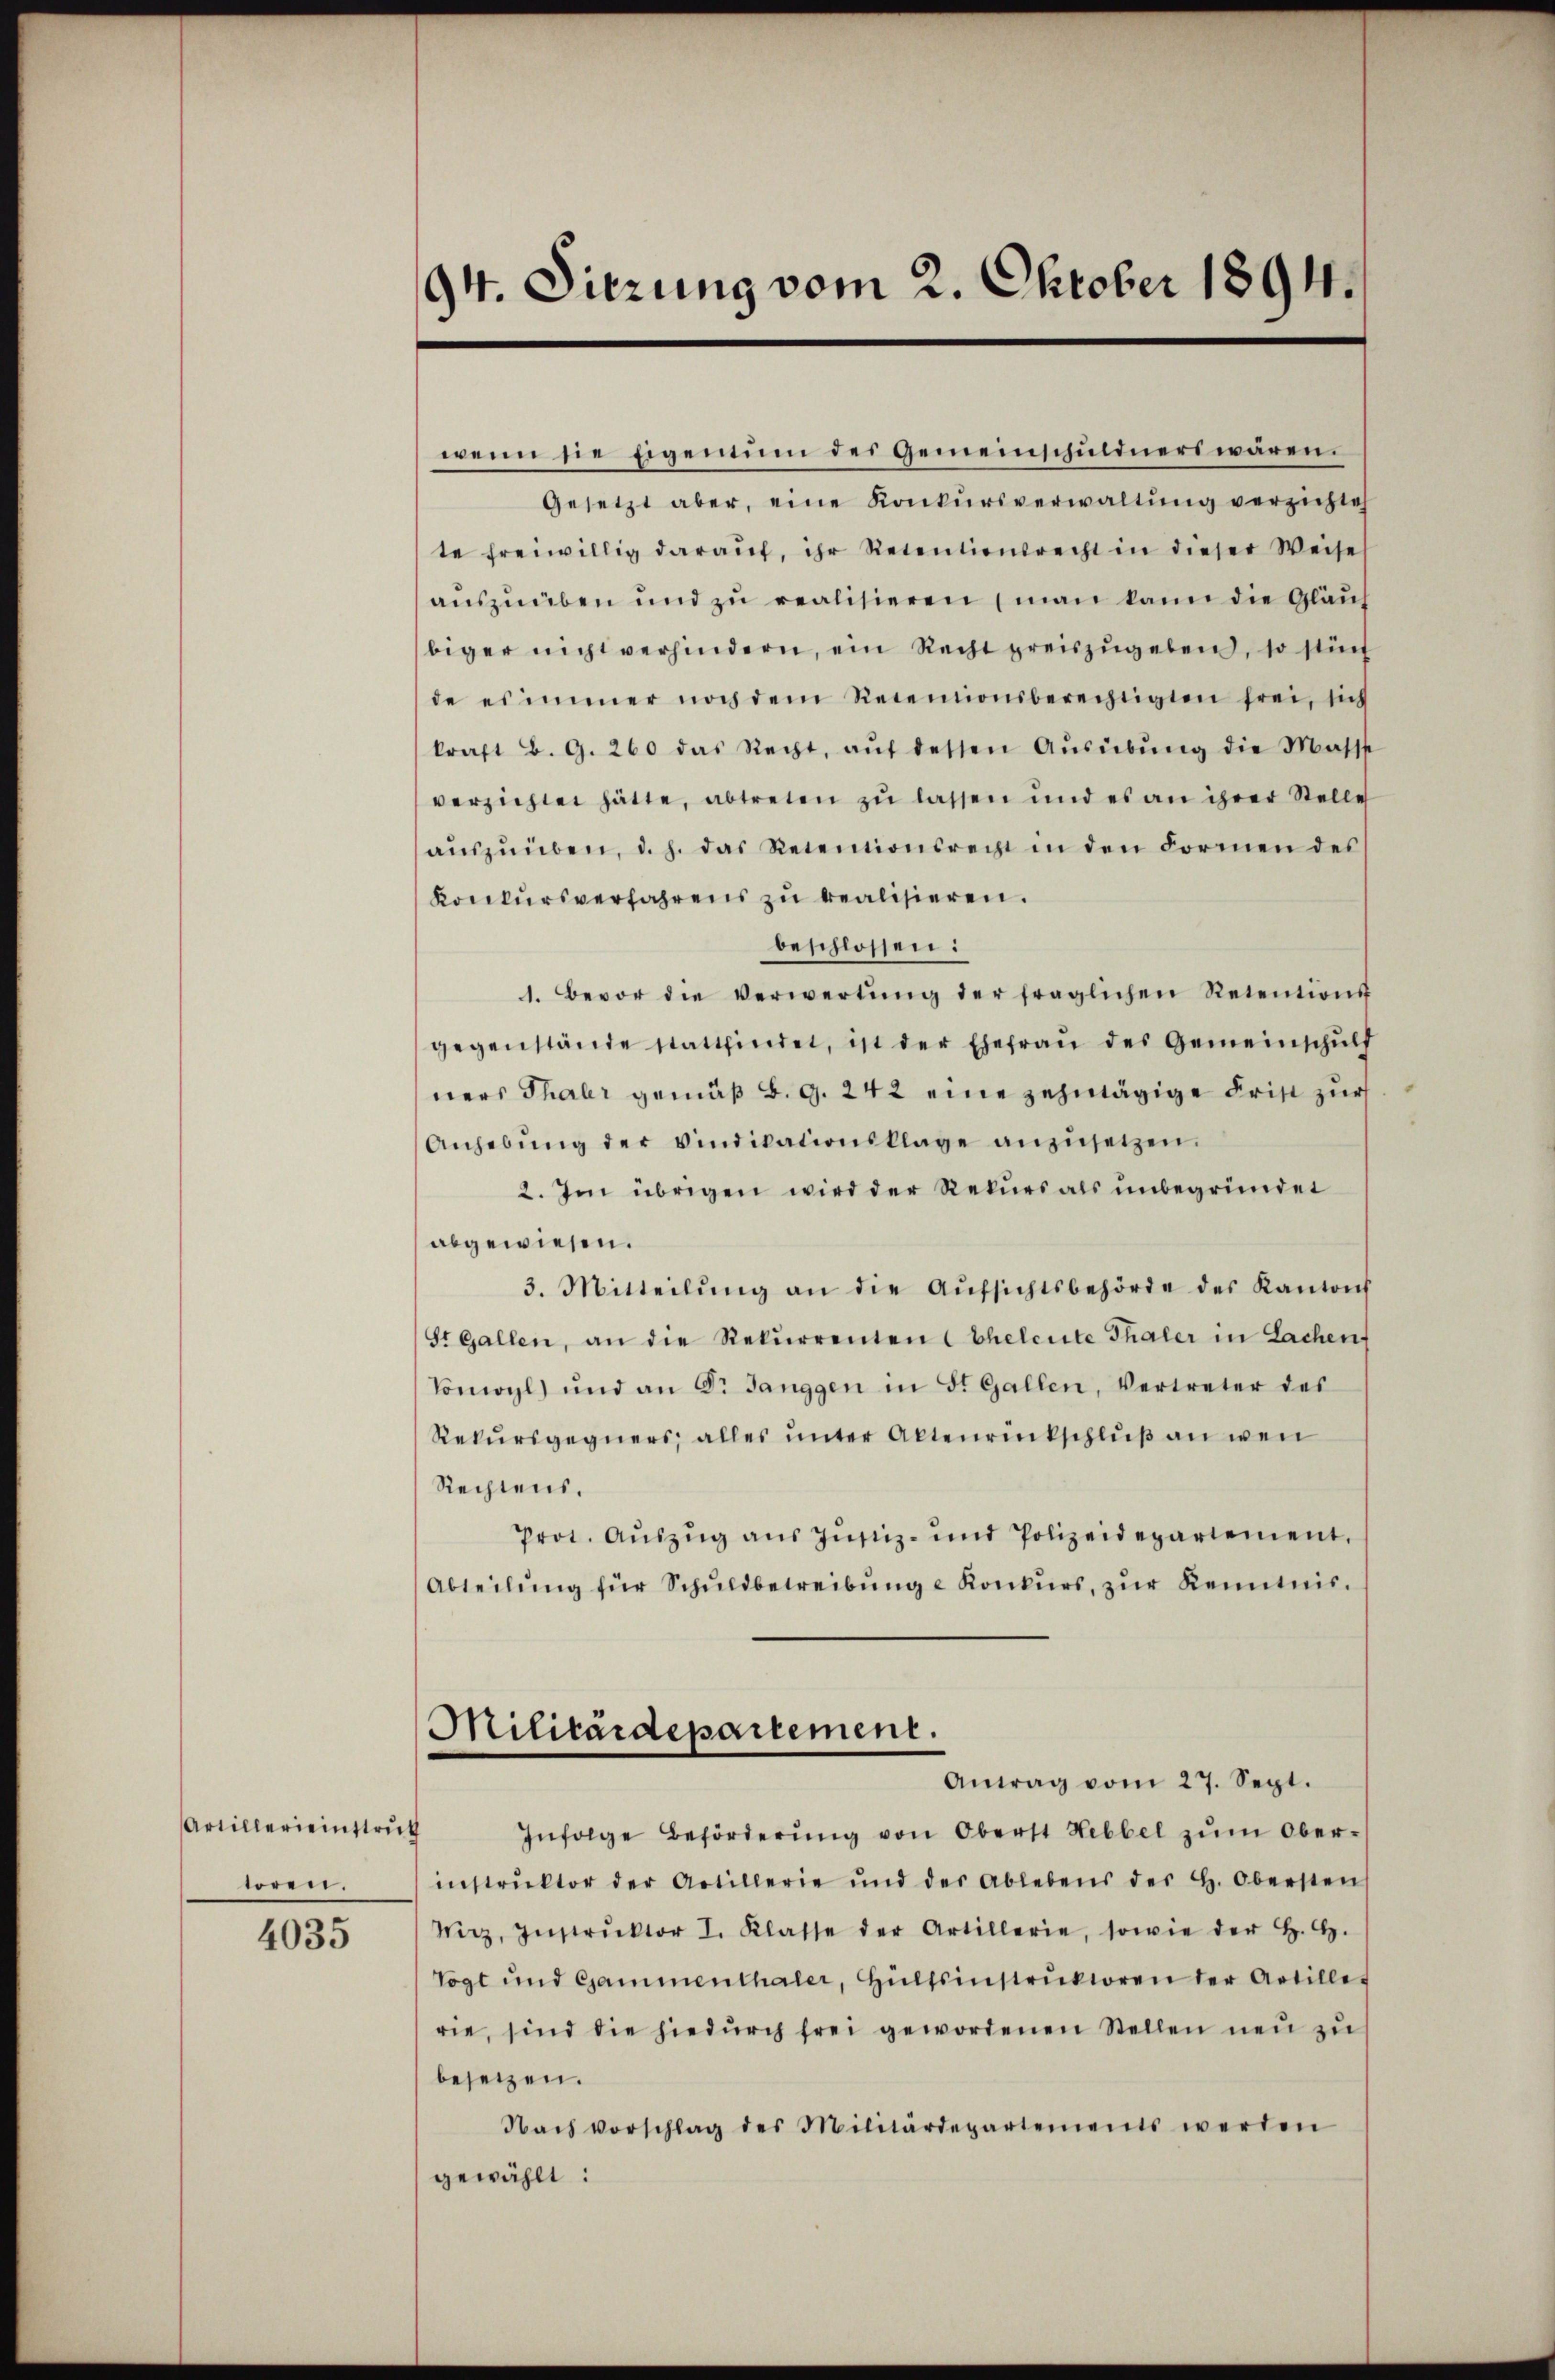
Artillerieinstruth
toren.

4035

94. Sitzung vom 2. Oktober 1894.

wenn sie Eigentum des Gemeinschuldners waren.
Gesetzt aber, eine Konkursverwaltung verzichtet
te freiwillig darauf, ihr Retentionsrecht in dieser Weise
auszuüben und zu realisieren (man kann die Gläubiger nicht verhindern, ein Recht preiszugeben, so stüch
de es immer noch dem Recensionsberechtigten frei, sich
kraft B. G. 260 das Recht, aŭf dessen Aŭsübŭng die Masse
verzichtet hätte, abtreten zu lassen und es an ihrer Stelle
aŭszŭüben, d. h. das Retentionsrecht in den Formen des
Konkursverfahrens zu realisieren.
beschlossen:
1. Bevor die Verwertŭng der fraglichen Retentions
gegenstände stattfindet, ist der Ehefrau des Gemeinschulf
ners Thaler gemäß B. G. 242 eine zehntägige Frist zur
Anhebŭng der Vindikationsklage anzŭsetzen.
2. Im übrigen wird der Rekurs als unbegründet
abgewiesen.
3. Mitteilŭng an die Aŭfsichtsbehörde des Kantons
St Gallen, an die Rekŭrrenten (Eheleute Thaler in Lachen
Vomoyl) und an Dr. Janggen in St. Gallen, Vertreter des
Rekursgegners, alles unter Aktenrückschluß an wen
Rechtens.
Prot. Aŭszŭg ans Justiz- und Polizeidepartement,
Abteilŭng für Schŭldbetreibŭng u Konkurs, zŭr Kenntnis.
Militärdepartement.
Antrag vom 27. Sept.
Infolge Beförderŭng von Oberst Hebbel zŭm Ober-
instrŭktor der Artillerie und der Ablebens der h. Obersten
Wirz, Instrŭktor I. Klasse der Artillerie, sowie der H. H.
Vogt und Cammenthaler, Hülfsinstruktoren der Artillet
rie, sind die hiedŭrch frei gewordenen Stellen neu zu
besetzen.
Nach Vorschlag des Militärdepartements werden
gewählt: